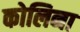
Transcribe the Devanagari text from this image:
कोलिना